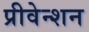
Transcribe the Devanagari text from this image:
प्रीवेन्शन